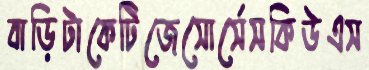
বাড়িটাকেটিজেসোর্সেসকিউএস